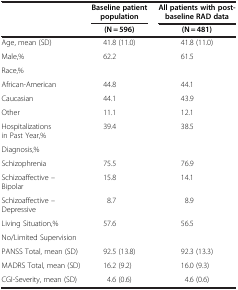
<table><thead><tr><td><b> </b></td><td><b>Baseline patient population</b></td><td><b>All patients with post-baseline RAD data</b></td></tr><tr><td><b> </b></td><td><b>(N = 596)</b></td><td><b>(N = 481)</b></td></tr></thead><tbody><tr><td>Age, mean (SD)</td><td>41.8 (11.0)</td><td>41.8 (11.0)</td></tr><tr><td>Male,%</td><td>62.2</td><td>61.5</td></tr><tr><td>Race,%</td><td> </td><td> </td></tr><tr><td>African-American</td><td>44.8</td><td>44.1</td></tr><tr><td>Caucasian</td><td>44.1</td><td>43.9</td></tr><tr><td>Other</td><td>11.1</td><td>12.1</td></tr><tr><td>Hospitalizations in Past Year,%</td><td>39.4</td><td>38.5</td></tr><tr><td>Diagnosis,%</td><td> </td><td> </td></tr><tr><td>Schizophrenia</td><td>75.5</td><td>76.9</td></tr><tr><td>Schizoaffective – Bipolar</td><td>15.8</td><td>14.1</td></tr><tr><td>Schizoaffective – Depressive</td><td>8.7</td><td>8.9</td></tr><tr><td>Living Situation,%</td><td>57.6</td><td>56.5</td></tr><tr><td>No/Limited Supervision</td><td> </td><td> </td></tr><tr><td>PANSS Total, mean (SD)</td><td>92.5 (13.8)</td><td>92.3 (13.3)</td></tr><tr><td>MADRS Total, mean (SD)</td><td>16.2 (9.2)</td><td>16.0 (9.3)</td></tr><tr><td>CGI-Severity, mean (SD)</td><td>4.6 (0.6)</td><td>4.6 (0.6)</td></tr></tbody></table>